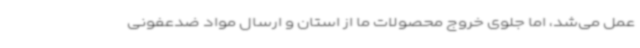
عمل می‌شد، اما جلوی خروج محصولات ما از استان و ارسال مواد ضدعفونی